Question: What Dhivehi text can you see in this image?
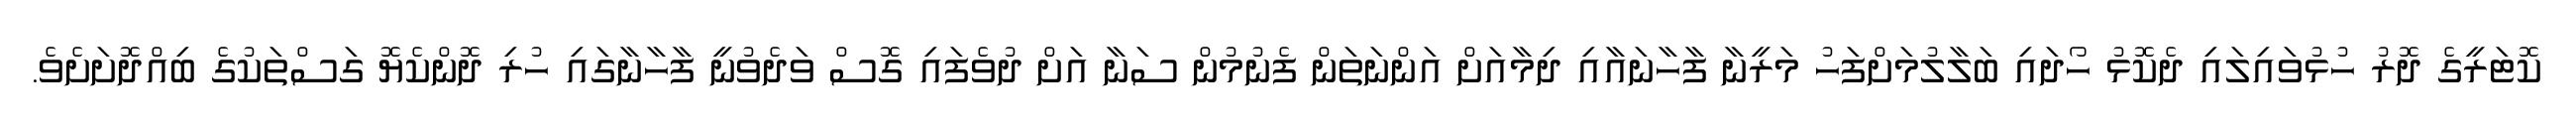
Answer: ކޮޓަރީގެ ދޮރު ހުޅުވައިލައި ދެކޮޅު ހޯދައި ބަލާލުމަށްފަހު މަރީނާ ފާހާނައާއި ދިމާއަށް އަންނަތަން ފެނުމުން ސަނާ އަށް ދުވެފައި ގޮސް ވަދެވުނީ ފާހާނާގައި ހުރި ދޮންކެޔޮ ގަސްތަކުގެ ބިއްދޮށަށެވެ.